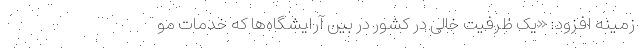
زمینه افزود: «یک ظرفیت خالی در کشور در بین آرایشگاه‌ها که خدمات مو